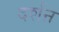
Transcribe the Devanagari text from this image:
दर्शऩ